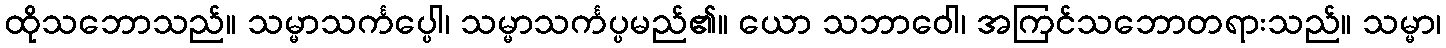
ထိုသဘောသည်။ သမ္မာသင်္ကပ္ပေါ၊ သမ္မာသင်္ကပ္ပမည်၏။ ယော သဘာဝေါ၊ အကြင်သဘောတရားသည်။ သမ္မာ၊